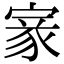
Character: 𡩵